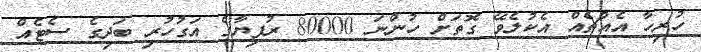
ހުރިހާ އެއްޗެއް އެކުލެވޭ ގޮތަށް ހުންނަ 80000 ރުފިޔާގެ އަގުހުރި ބަދިގެ ސެޓެއް